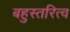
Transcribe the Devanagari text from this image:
बहुस्तरित्व